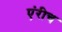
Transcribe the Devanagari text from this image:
एंरीच